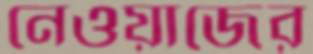
নেওয়াজের